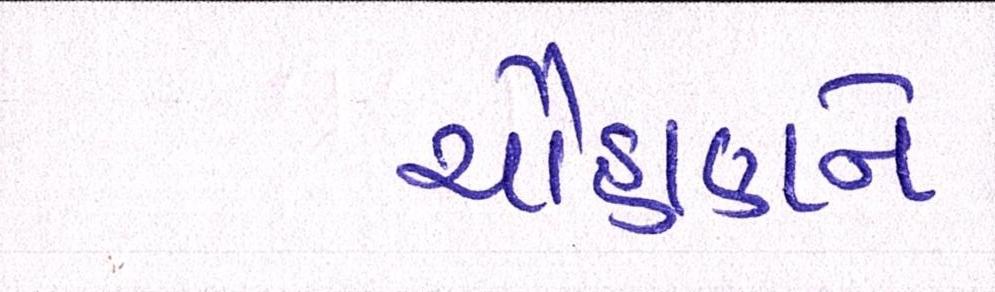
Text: ચૌહાણને